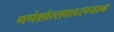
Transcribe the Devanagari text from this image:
गणेशोत्सवादरम्यान